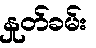
နှုတ်ခမ်း